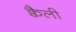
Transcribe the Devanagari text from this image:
क्वैली